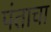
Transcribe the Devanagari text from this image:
पंताचा